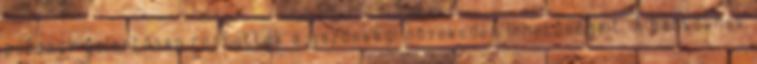
pofonok jelentősen rontották a gazdasági növekedés lehetőségeit. A bankoknak